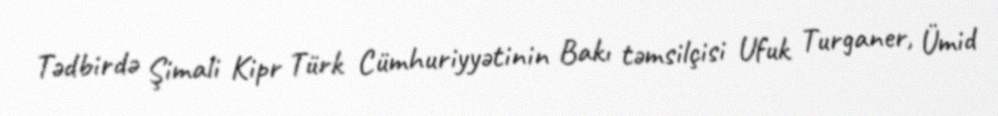
Tədbirdə Şimali Kipr Türk Cümhuriyyətinin Bakı təmsilçisi Ufuk Turganer, Ümid